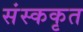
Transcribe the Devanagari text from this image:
संस्ककृत